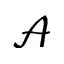
\mathcal { A }